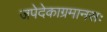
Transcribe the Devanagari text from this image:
जपेदेकाग्रमानसः